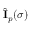
\hat { \bf \cal I } _ { p } ( \sigma )